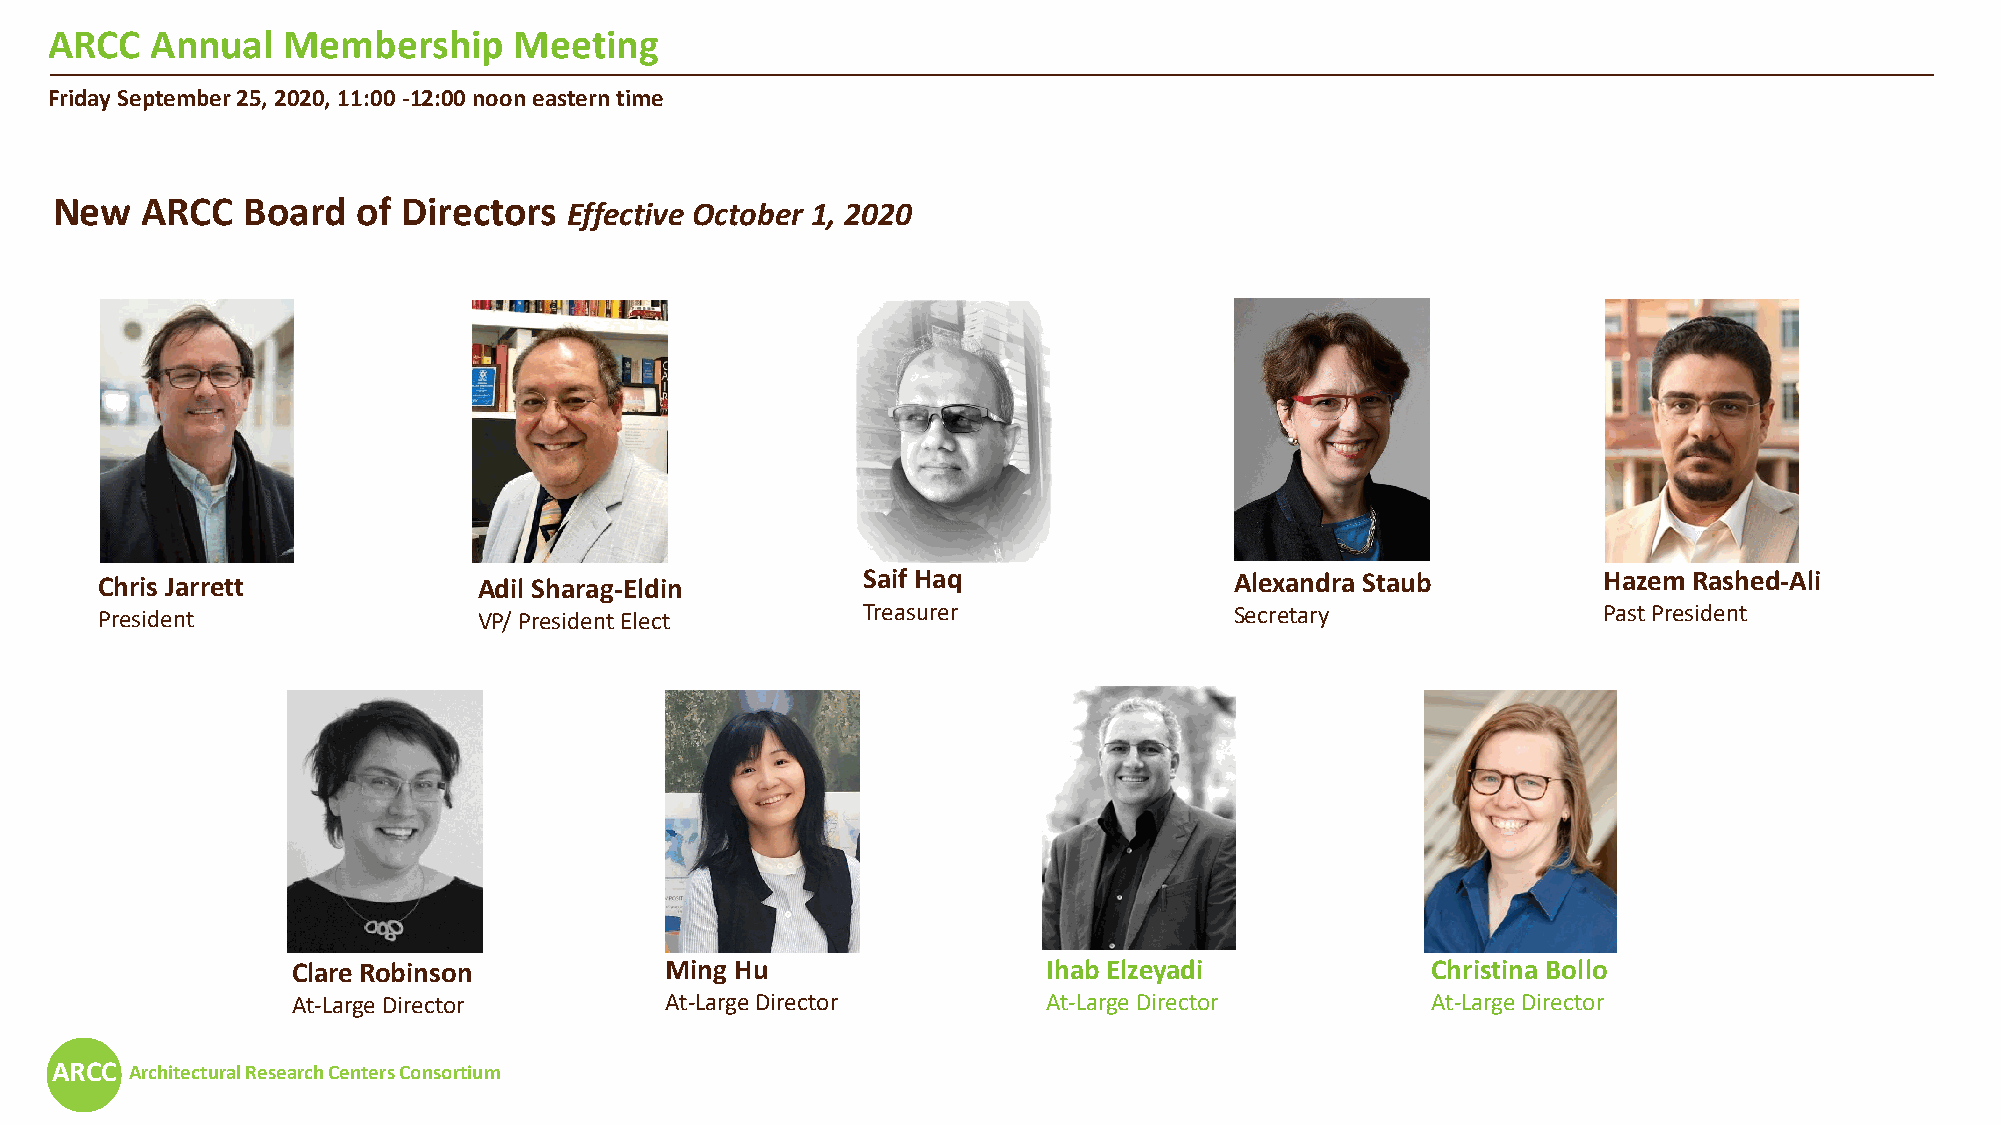
ARCC   Annual   Membership     Meeting
 Friday September 25, 2020, 11:00 -12:00 noon eastern time
 New   ARCC   Board   of Directors  Effective October 1, 2020
 Chris Jarrett            Adil Sharag-Eldin        Saif Haq                 Alexandra Staub         Hazem Rashed-Ali
 President                VP/ President Elect      Treasurer                Secretary               Past President
 Clare Robinson           Ming Hu                  Ihab Elzeyadi             Christina Bollo
 At-Large Director        At-Large Director        At-Large Director         At-Large Director
 ARCC  Architectural Research Centers Consortium